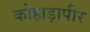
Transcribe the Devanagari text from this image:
कोहाड़ापीर